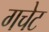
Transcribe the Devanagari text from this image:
गचेट